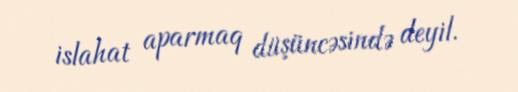
islahat aparmaq düşüncəsində deyil.